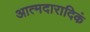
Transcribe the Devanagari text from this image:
आत्मदारादिकं